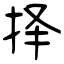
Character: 择